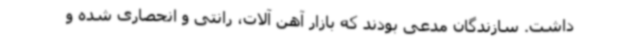
داشت. سازندگان مدعی بودند که بازار آهن آلات، رانتی و انحصاری شده و